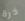
ذرة